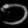
Digit: ၁